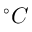
^ { \circ } C